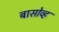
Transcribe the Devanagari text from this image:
बासोव्ह